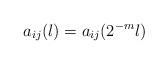
LaTeX: \begin{align*} a_{ij}(l) = a_{ij}(2^{-m}l)\end{align*}